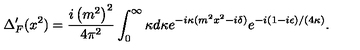
\Delta _ { F } ^ { \prime } ( x ^ { 2 } ) = { \frac { i \left( m ^ { 2 } \right) ^ { 2 } } { 4 \pi ^ { 2 } } } \int _ { 0 } ^ { \infty } \kappa d \kappa e ^ { - i \kappa ( m ^ { 2 } x ^ { 2 } - i \delta ) } e ^ { - i ( 1 - i \epsilon ) / ( 4 \kappa ) } .